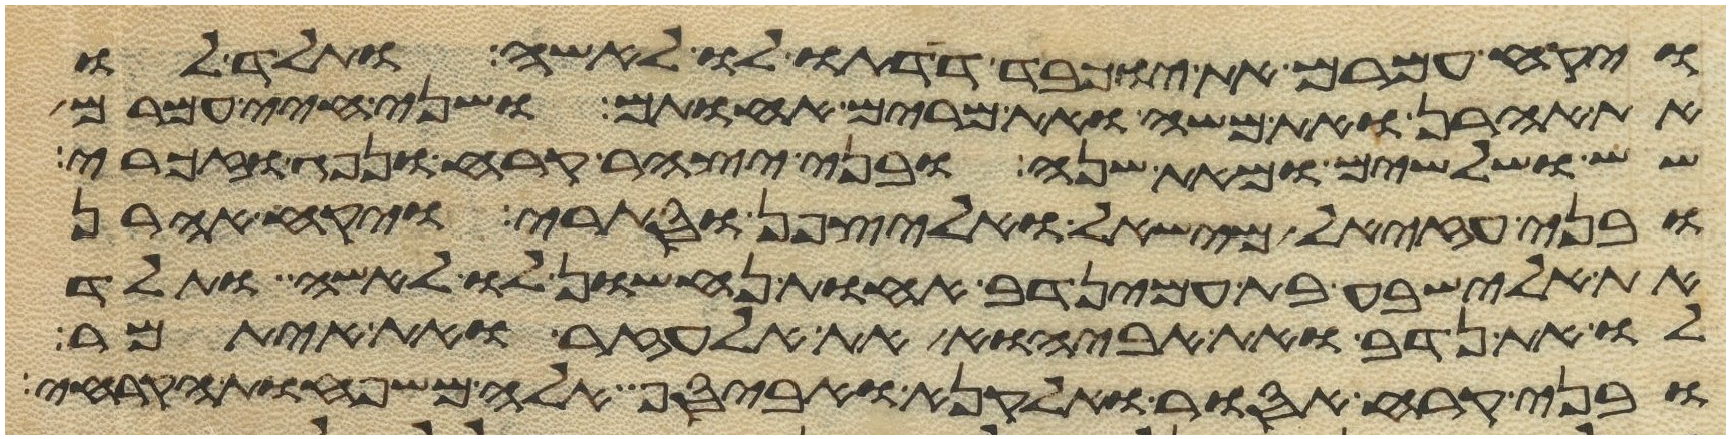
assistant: ויקח עמרם את יוכבד דדתו לו לאשה ותלד לו
את אהרן ואת משה ואת מרים אחותם ושני חיי עמרם
שש ושלשים ומאת שנה ובני יצהר קרח ונפג וזכרי
ובני עזיאל מישאל ואליצפן וסתרי ויקח אהרן
את אלישבע בת עמינדב אחות נחשון לו לאשה ותלד
לו את נדב ואת אביהוא את אלעזר ואת איתמר
ובני קרח אסור ואלקנה ואביסף אלה משפחות הקרחי